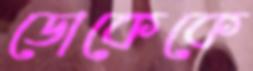
ডোকেকে